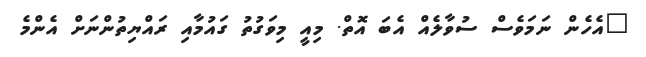
"އެހެން ނަމަވެސް ސުވާލެއް އެބަ އޮތް. މިއީ މިވަގުތު ގައުމާއި ރައްޔިތުންނަށް އެންމެ